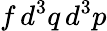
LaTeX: f\, d^{3}q\, d^{3}p